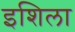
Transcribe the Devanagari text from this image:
इशिला